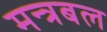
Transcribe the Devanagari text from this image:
मन्त्रबल